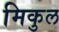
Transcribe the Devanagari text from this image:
मिकुल